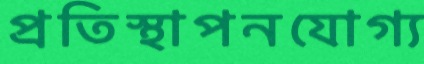
প্রতিস্থাপনযোগ্য